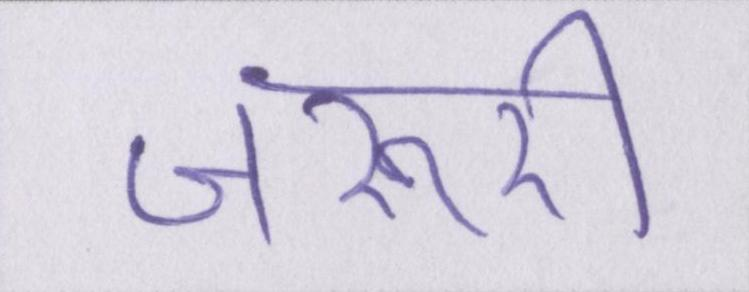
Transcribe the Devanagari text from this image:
जरूरी